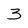
Character: 3